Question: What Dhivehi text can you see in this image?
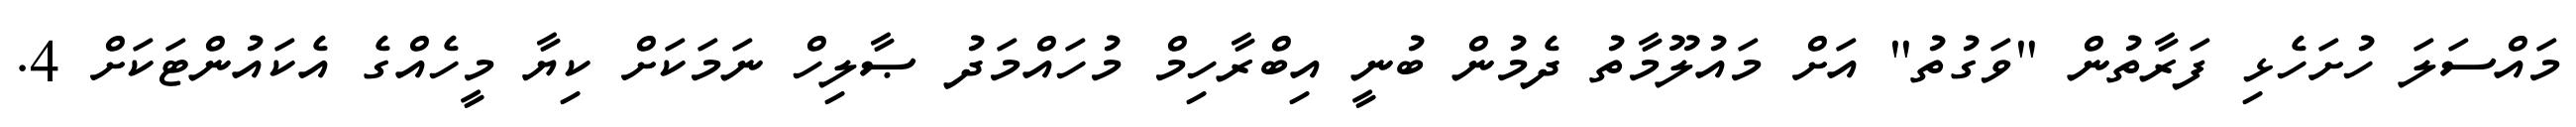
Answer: މައްސަލަ ހުށަހެޅި ފަރާތުން "ވަގުތު" އަށް މައުލޫމާތު ދެމުން ބުނީ އިބްރާހިމް މުހައްމަދު ޞާލިހް ނަމަކަށް ކިޔާ މީހެއްގެ އެކައުންޓަކަށް 4.